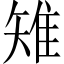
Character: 雉